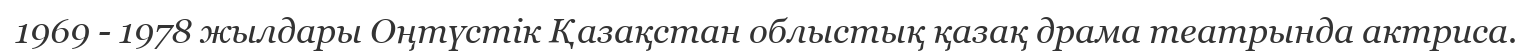
1969 - 1978 жылдары Оңтүстік Қазақстан облыстық қазақ драма театрында актриса.